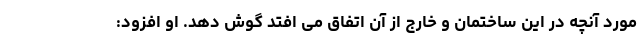
مورد آنچه در این ساختمان و خارج از آن اتفاق می افتد گوش دهد. او افزود: